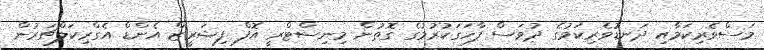
މަސްވެރިކަމާއި ދަނޑުވެރިކަމުގެ ދުވަސް ފާހަގަކުރުމުގެ ގޮތުން މިނިސްޓްރީ އޮފް ފިޝަރީޒް އެންޑް އެގްރިކަލްޗަރުން